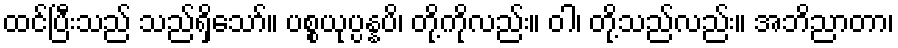
ထင်ပြီးသည် သည်ရှိသော်။ ပစ္စယုပ္ပန္နပိ၊ တို့ကိုလည်း။ ဝါ၊ တို့သည်လည်း။ အဘိညာတာ၊